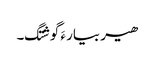
ھیر بیار ءَ گوشتگ۔